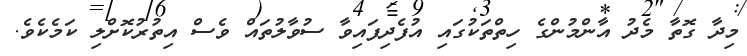
މިދާ ގޮތާ މެދު އާންމުންގެ ހިތްތަކުގައި އުފެދިފައިވާ ސުވާލުތައް ވެސް އިތުރުކޮށްލި ކަމެކެވެ.